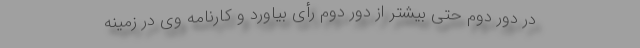
در دور دوم حتی بیشتر از دور دوم رأی بیاورد و کارنامه وی در زمینه